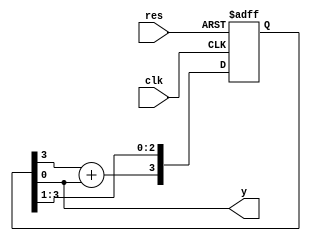
//
`timescale 1ns/10ps
module m_gen(clk, res, y);
input clk;
input res;
output y;

reg[3:0] d;
assign y=d[0];

always@(posedge clk or negedge res)
if(~res)begin
	d<=4'b1111;
end
else begin
	d[2:0]<=d[3:1];
	d[3]<=d[3]+d[0];	//2
end

endmodule

//---------testbench of m_gen----------
module m_gen_tb;
reg clk, res;
wire y;
m_gen m_gen(.clk(clk), .res(res), .y(y));

initial begin
	clk<=0;res<=0;
	#17 res<=1;
	#600 $stop;
end

always #5 clk<=~clk;
endmodule